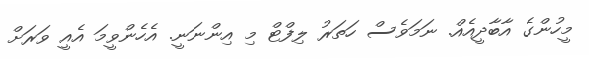
މީހުންގެ އާބާދީއެއް. ނަމަވެސް ހަތަރު ލިފްޓް މި އިންނަނީ. އެހެންވީމަ އެއީ ވަރަށް